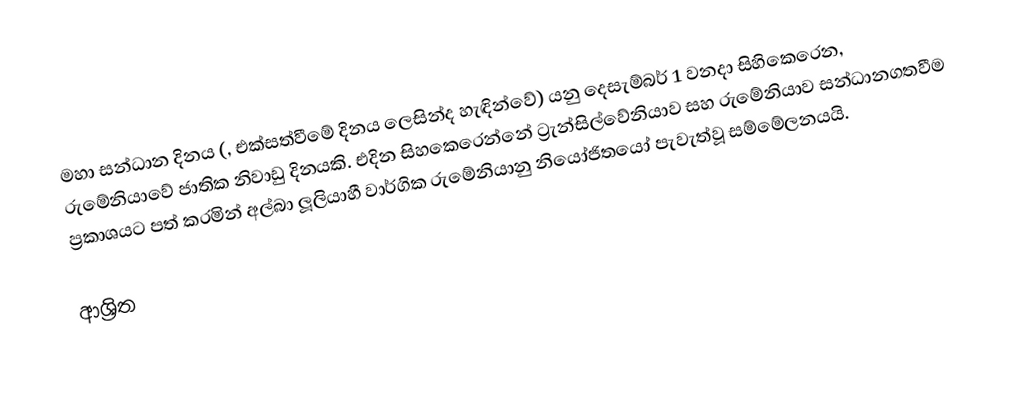
මහා සන්ධාන දිනය (,  එක්සත්වීමේ දිනය ලෙසින්ද හැඳින්වේ) යනු දෙසැම්බර් 1 වනදා සිහිකෙරෙන, රුමේනියාවේ ජාතික නිවාඩු දිනයකි. එදින සිහකෙරෙන්නේ  ට්‍රැන්සිල්වේනියාව සහ රුමේනියාව සන්ධානගතවීම ප්‍රකාශයට පත් කරමින් අල්බා ලූලියාහී වාර්ගික රුමේනියානු නියෝජිතයෝ පැවැත්වූ සම්මේලනයයි.

ආශ්‍රිත